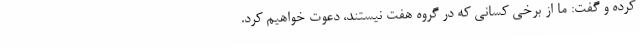
کرده و گفت: ما از برخی کسانی که در گروه هفت نیستند، دعوت خواهیم کرد.